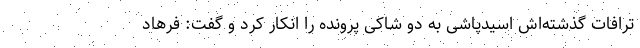
ترافات گذشته‌اش اسیدپاشی به دو شاکی پرونده را انکار کرد و گفت: فرهاد